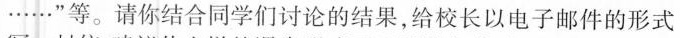
……”等。请你结合同学们讨论的结果，给校长以电子邮件的形式